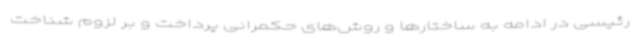
رئیسی در ادامه به ساختارها و روش‌های حکمرانی پرداخت و بر لزوم شناخت